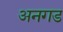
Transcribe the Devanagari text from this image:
अनगड